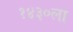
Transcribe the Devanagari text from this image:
१४३०ला